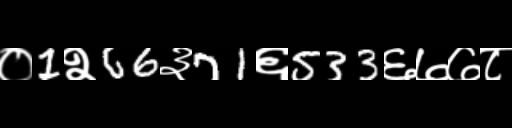
Text: ०1२66३71६533६७७८